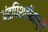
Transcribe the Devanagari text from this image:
अंडपिशवीमध्ये